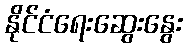
နိုင်ငံရေးဆွေးနွေး